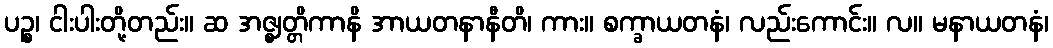
ပဉ္စ၊ ငါးပါးတို့တည်း။ ဆ အဇ္ဈတ္တိကာနိ အာယတနာနီတိ၊ ကား။ စက္ခာယတနံ၊ လည်းကောင်း။ လ။ မနာယတနံ၊